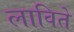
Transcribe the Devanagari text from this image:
लाविते